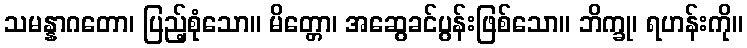
သမန္နာဂတော၊ ပြည့်စုံသော။ မိတ္တော၊ အဆွေခင်ပွန်းဖြစ်သော။ ဘိက္ခု၊ ရဟန်းကို။